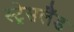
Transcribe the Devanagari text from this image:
स्ट्रेसलैंड